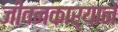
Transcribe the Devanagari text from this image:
जीवनकार्याने